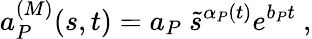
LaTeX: a_{P}^{(M)}(s,t)=a_{P}\ \tilde{s}^{\alpha_{P}(t)}e^{b_{P}t}\ ,